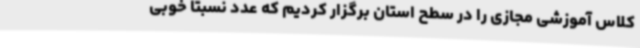
کلاس آموزشی مجازی را در سطح استان برگزار کردیم که عدد نسبتاً خوبی